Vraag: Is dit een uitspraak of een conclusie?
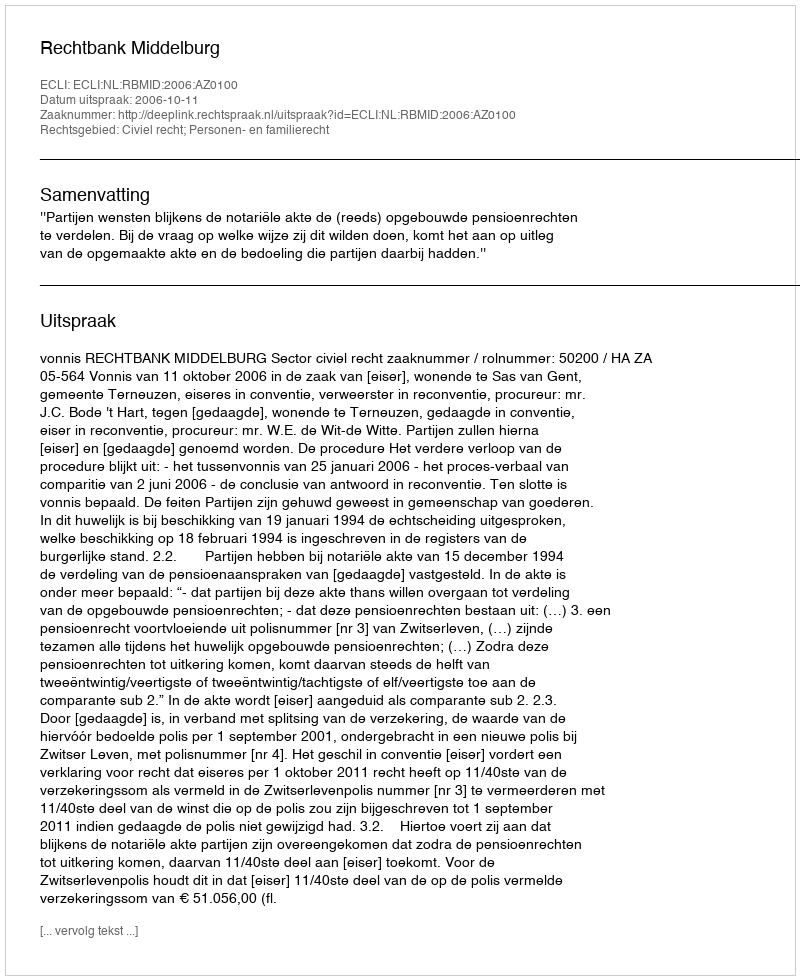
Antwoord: Uitspraak